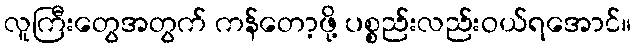
လူကြီးတွေအတွက် ကန်တော့ဖို့ ပစ္စည်းလည်းဝယ်ရအောင်။